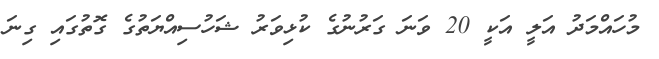
މުހައްމަދު އަލީ އަކީ 20 ވަނަ ގަރުނުގެ ކުޅިވަރު ޝަހުސިއްޔަތުގެ ގޮތުގައި ގިނަ